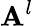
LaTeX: \mathbf{A}^{l}